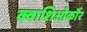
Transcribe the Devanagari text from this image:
क्वाशिओर्कॉर